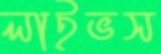
লাইভস